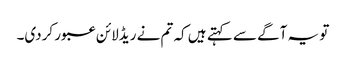
تو یہ آگے سے کہتے ہیں کہ تم نے ریڈلائن عبور کردی۔